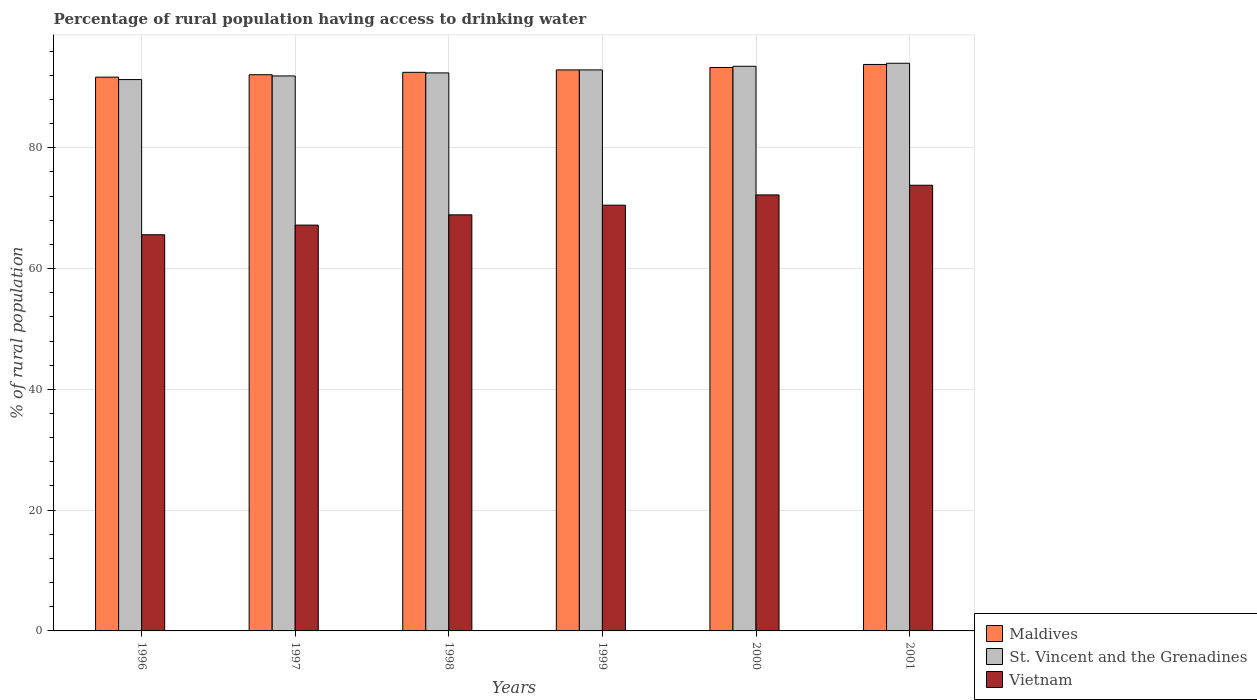
| Years | Maldives | St. Vincent and the Grenadines | Vietnam |
 | --- | --- | --- | --- |
 | 1996 | 91.7 | 91.3 | 65.6 |
 | 1997 | 92.1 | 91.9 | 67.2 |
 | 1998 | 92.5 | 92.4 | 68.9 |
 | 1999 | 92.9 | 92.9 | 70.5 |
 | 2000 | 93.3 | 93.5 | 72.2 |
 | 2001 | 93.8 | 94 | 73.8 |